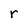
Character: r